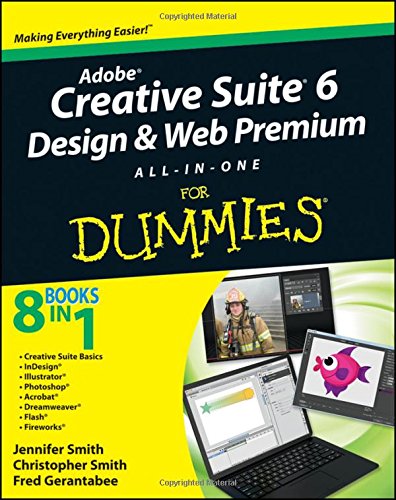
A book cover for Adobe Creative Suite 6 Design and Web Premium All-in-One For Dummies; Jennifer Smith; Computers & Technology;